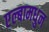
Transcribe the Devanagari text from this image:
एल्बामधुन